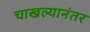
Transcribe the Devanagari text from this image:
चाखल्यानंतर